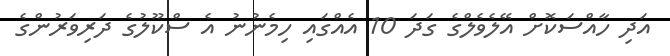
އަދި ހާއްސަކޮށް އޭލެވެލްގެ ގަދަ 10 އެއްގައި ހިމެނުނު އެ ސްކޫލުގެ ދަރިވަރުންގެ